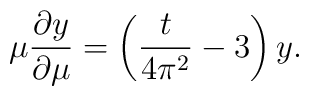
\mu\frac{\partial y}{\partial\mu}=\left(\frac{t}{4\pi^2}-3\right)y.